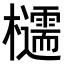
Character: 𪴠